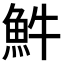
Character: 𩵠